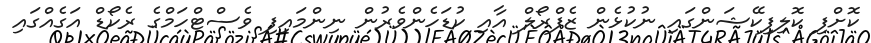
ކޮށްފި ކޮލިފިކޭޝަންގައި ނުކުޅެން ޒެފްރޯލް އާއި ކުޑަހެންވެރުން ނިންމައިފި ވެސްޓްހަމްގެ ރެކޯޑް އަގެއްގައި